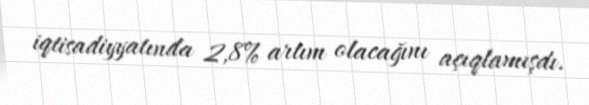
iqtisadiyyatında 2,8% artım olacağını açıqlamışdı.